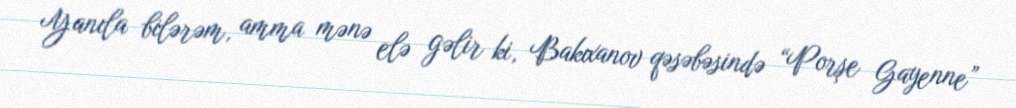
Yanıla bilərəm, amma mənə elə gəlir ki, Bakıxanov qəsəbəsində “Porşe Gayenne”